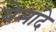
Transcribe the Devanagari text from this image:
येलांदे